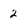
Character: 2